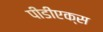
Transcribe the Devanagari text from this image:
पीडीएक्स